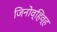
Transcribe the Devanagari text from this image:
जिनोव्हिव्ह